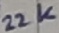
Text: 22K